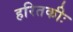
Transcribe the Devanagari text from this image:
हरितकीः